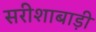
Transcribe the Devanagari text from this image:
सरीशाबाड़ी